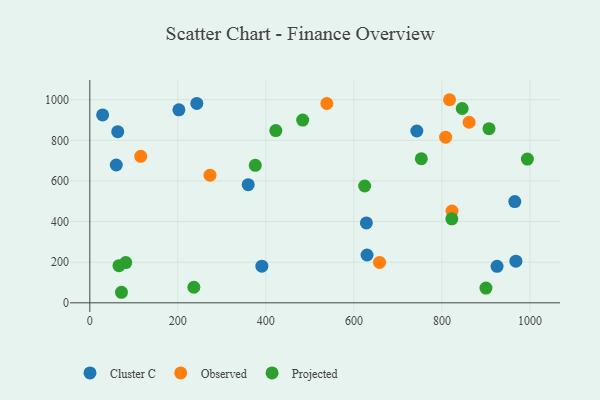
{"axis": {"x": "Distance", "y": "Profit"}, "legend": ["Cluster C", "Observed", "Projected"], "data": [{"x": "925.3", "y": 179.7, "type": "Cluster C"}, {"x": "743.0", "y": 845.8, "type": "Cluster C"}, {"x": "628.4", "y": 393.5, "type": "Cluster C"}, {"x": "202.4", "y": 949.9, "type": "Cluster C"}, {"x": "29.1", "y": 924.8, "type": "Cluster C"}, {"x": "629.9", "y": 235.5, "type": "Cluster C"}, {"x": "60.1", "y": 678.5, "type": "Cluster C"}, {"x": "965.6", "y": 498.4, "type": "Cluster C"}, {"x": "390.9", "y": 180.5, "type": "Cluster C"}, {"x": "968.1", "y": 205.0, "type": "Cluster C"}, {"x": "359.9", "y": 581.7, "type": "Cluster C"}, {"x": "243.1", "y": 981.7, "type": "Cluster C"}, {"x": "63.4", "y": 842.7, "type": "Cluster C"}, {"x": "808.4", "y": 815.2, "type": "Observed"}, {"x": "861.8", "y": 888.8, "type": "Observed"}, {"x": "817.3", "y": 999.8, "type": "Observed"}, {"x": "658.2", "y": 198.7, "type": "Observed"}, {"x": "115.7", "y": 721.2, "type": "Observed"}, {"x": "823.0", "y": 451.9, "type": "Observed"}, {"x": "538.5", "y": 981.2, "type": "Observed"}, {"x": "273.1", "y": 628.3, "type": "Observed"}, {"x": "624.5", "y": 575.2, "type": "Projected"}, {"x": "846.1", "y": 956.5, "type": "Projected"}, {"x": "822.5", "y": 413.3, "type": "Projected"}, {"x": "483.7", "y": 899.5, "type": "Projected"}, {"x": "71.9", "y": 51.9, "type": "Projected"}, {"x": "66.3", "y": 182.9, "type": "Projected"}, {"x": "994.2", "y": 707.6, "type": "Projected"}, {"x": "907.0", "y": 857.3, "type": "Projected"}, {"x": "422.6", "y": 847.8, "type": "Projected"}, {"x": "236.4", "y": 76.7, "type": "Projected"}, {"x": "753.2", "y": 709.2, "type": "Projected"}, {"x": "900.1", "y": 72.8, "type": "Projected"}, {"x": "376.0", "y": 677.0, "type": "Projected"}, {"x": "81.6", "y": 198.3, "type": "Projected"}]}